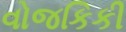
વોજકિકી